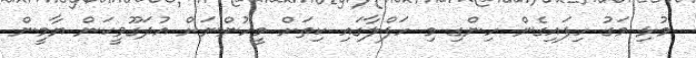
މުޅި މަގު ހިފައިގެން ހިންގި މި ހަފްލާގައި ކިތަށް މީހުންނަށް އުދަގޫވީކަން ޔާމީން